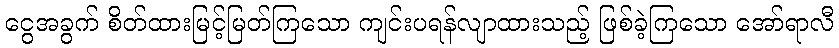
ငွေအခွက် စိတ်ထားမြင့်မြတ်ကြသော ကျင်းပရန်လျာထားသည့် ဖြစ်ခဲ့ကြသော အော်ရာလီ